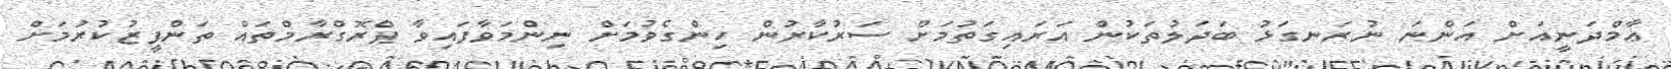
ޢާމްދަނީއަށް އަންނަ ނުރަނގަޅު ބަދަލުތަކުން އަރައިގަތުމަށް ސަރުކާރުން ހިންގެވުމަށް ނިންމަވާފައިވާ ޕްރޮގްރާމްތައް ތަންފީޒުކުރުމަށް